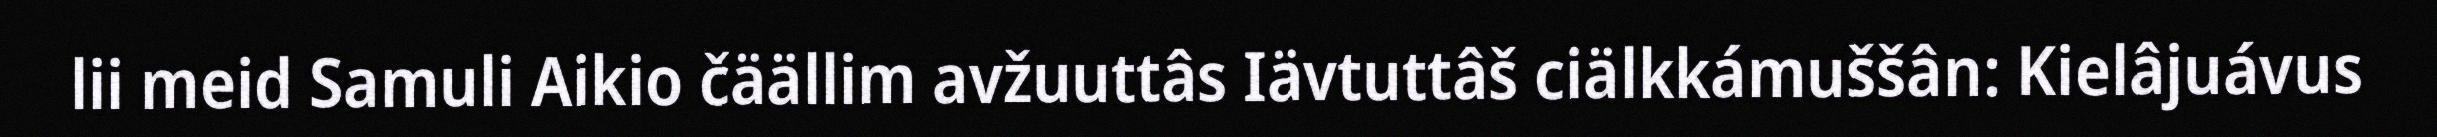
lii meid Samuli Aikio čäällim avžuuttâs Iävtuttâš ciälkkámuššân: Kielâjuávus